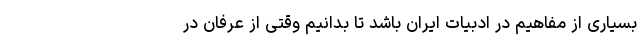
بسیاری از مفاهیم در ادبیات ایران باشد تا بدانیم وقتی از عرفان در